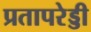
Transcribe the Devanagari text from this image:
प्रतापरेड्डी